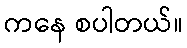
ကနေ စပါတယ်။